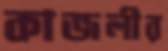
কাজলীর